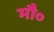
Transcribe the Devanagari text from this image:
मौ०